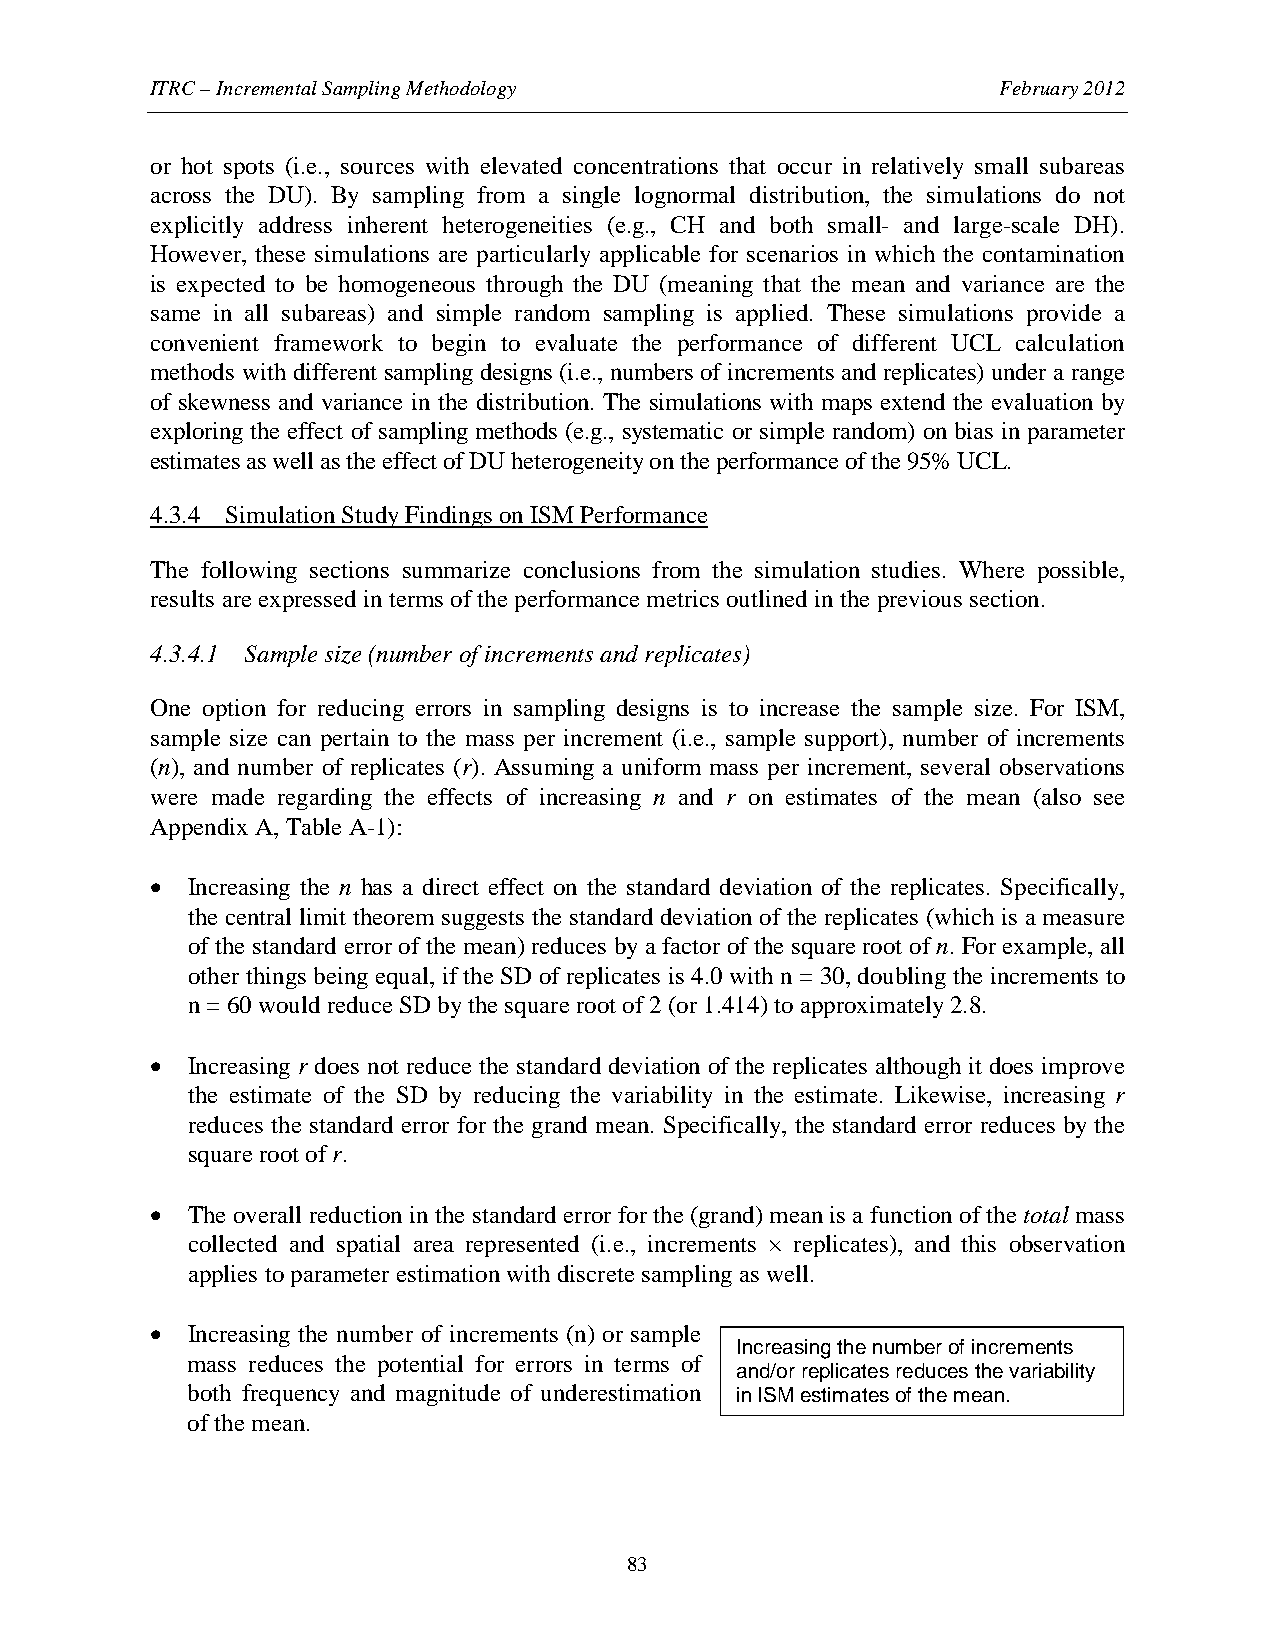
ITRC – Incremental Sampling Methodology                 February 2012
 or hot spots (i.e., sources with elevated concentrations that occur in relatively small subareas
 across the DU). By sampling from a single lognormal distribution, the simulations do not
 explicitly address inherent heterogeneities (e.g., CH and both small- and large-scale DH).
 However, these simulations are particularly applicable for scenarios in which the contamination
 is expected to be homogeneous through the DU (meaning that the mean and variance are the
 same in all subareas) and simple random sampling is applied. These simulations provide a
 convenient framework to begin to evaluate the performance of different UCL calculation
 methods with different sampling designs (i.e., numbers of increments and replicates) under a range
 of skewness and variance in the distribution. The simulations with maps extend the evaluation by
 exploring the effect of sampling methods (e.g., systematic or simple random) on bias in parameter
 estimates as well as the effect of DU heterogeneity on the performance of the 95% UCL.
 4.3.4 Simulation Study Findings on ISM Performance
 The following sections summarize conclusions from the simulation studies. Where possible,
 results are expressed in terms of the performance metrics outlined in the previous section.
 4.3.4.1 Sample size (number of increments and replicates)
 One option for reducing errors in sampling designs is to increase the sample size. For ISM,
 sample size can pertain to the mass per increment (i.e., sample support), number of increments
 (n), and number of replicates (r). Assuming a uniform mass per increment, several observations
 were made regarding the effects of increasing n and r on estimates of the mean (also see
 Appendix A, Table A-1):
 • Increasing the n has a direct effect on the standard deviation of the replicates. Specifically,
 the central limit theorem suggests the standard deviation of the replicates (which is a measure
 of the standard error of the mean) reduces by a factor of the square root of n. For example, all
 other things being equal, if the SD of replicates is 4.0 with n = 30, doubling the increments to
 n = 60 would reduce SD by the square root of 2 (or 1.414) to approximately 2.8.
 • Increasing r does not reduce the standard deviation of the replicates although it does improve
 the estimate of the SD by reducing the variability in the estimate. Likewise, increasing r
 reduces the standard error for the grand mean. Specifically, the standard error reduces by the
 square root of r.
 • The overall reduction in the standard error for the (grand) mean is a function of the total mass
 collected and spatial area represented (i.e., increments × replicates), and this observation
 applies to parameter estimation with discrete sampling as well.
 • Increasing the number of increments (n) or sample
 Increasing the number of increments
 mass reduces the potential for errors in terms of
 and/or replicates reduces the variability
 both frequency and magnitude of underestimation in ISM estimates of the mean.
 of the mean.
 83